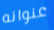
عنوانه